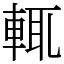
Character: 輒